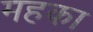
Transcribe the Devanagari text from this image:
महका